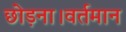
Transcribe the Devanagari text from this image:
छोड़ना।वर्तमान